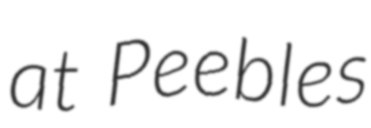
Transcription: at Peebles